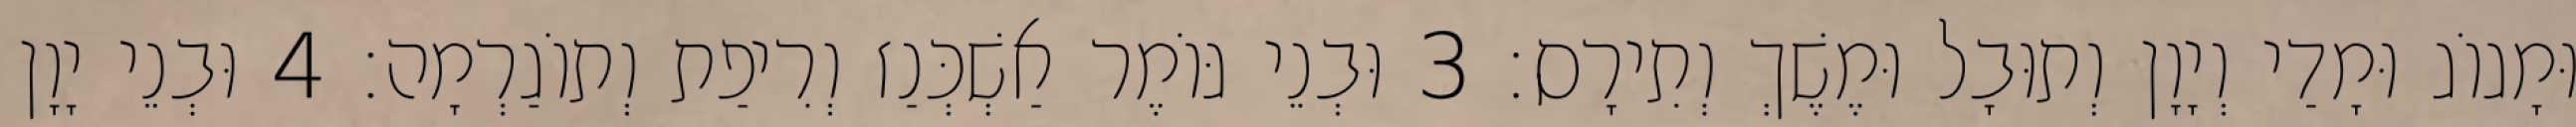
וּמָגוֹג וּמָדַי וְיָוָן וְתוּבָל וּמֶשֶׁךְ וְתִירָס׃ 3 וּבְנֵי גּוֹמֶר אַשְׁכְּנַז וְרִיפַת וְתוֹגַרְמָה׃ 4 וּבְנֵי יָוָן